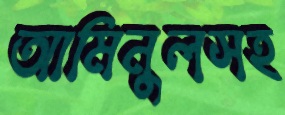
আমিনুলসহ